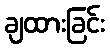
ချထားခြင်း